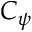
C _ { \psi }